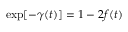
\exp [ - \gamma ( t ) ] = 1 - 2 f ( t )